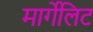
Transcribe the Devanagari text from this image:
मार्गेलिट